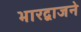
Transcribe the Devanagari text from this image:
भारद्वाजने